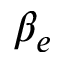
\beta _ { e }